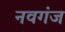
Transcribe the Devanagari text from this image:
नवगंज